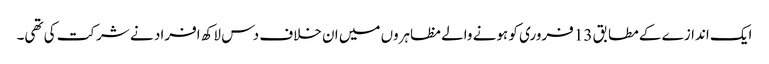
ایک اندازے کے مطابق 13 فروری کو ہونے والے مظاہروں میں ان خلاف دس لاکھ افراد نے شرکت کی تھی۔